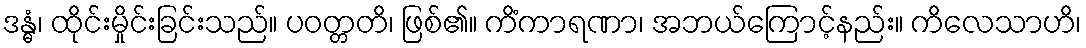
ဒန္ဓံ၊ ထိုင်းမှိုင်းခြင်းသည်။ ပဝတ္တတိ၊ ဖြစ်၏။ ကိံကာရဏာ၊ အဘယ်ကြောင့်နည်း။ ကိလေသာဟိ၊